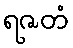
ရဇတံ